Indian journal of veterinary science and animal husbandry - Volumes 22-23, 1952-1953
Year: 1952
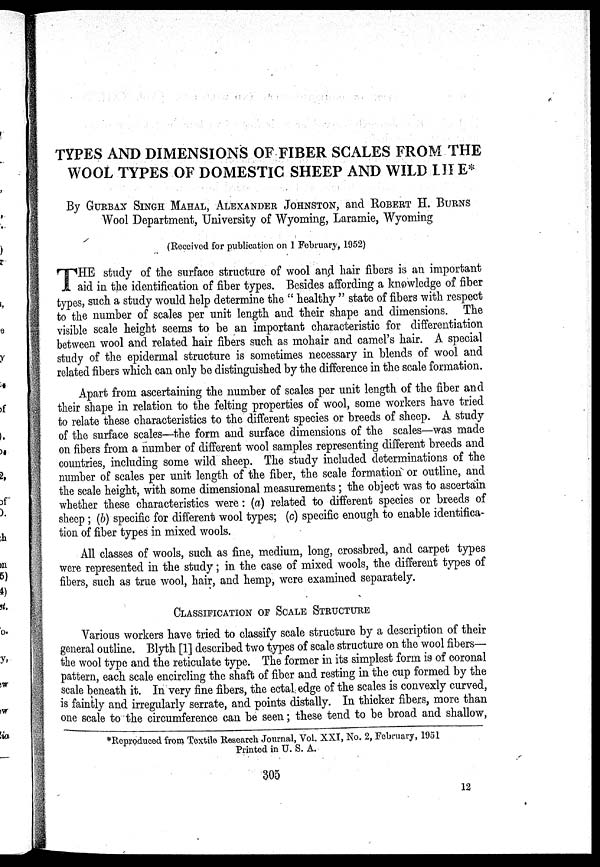
TYPES AND DIMENSIONS OF FIBER SCALES FROM THE
WOOL TYPES OF DOMESTIC SHEEP AND WILD LIFE*
By GURBAX SINGH MAHAL, ALEXANDER JOHNSTON, and ROBERT H. BURNS
Wool Department, University of Wyoming, Laramie, Wyoming
(Received for publication on 1 February, 1952)
T HE study of the surface structure of wool and hair fibers is an important
aid in the identification of fiber types. Besides affording a knowledge of fiber
types, such a study would help determine the " healthy " state of fibers with respect
to the number of scales per unit length and their shape and dimensions. The
visible scale height seems to be an important characteristic for differentiation
between wool and related hair fibers such as mohair and camel's hair. A special
study of the epidermal structure is sometimes necessary in blends of wool and
related fibers which can only be distinguished by the difference in the scale formation.
Apart from ascertaining the number of scales per unit length of the fiber and
their shape in relation to the felting properties of wool, some workers have tried
to relate these characteristics to the different species or breeds of sheep. A study
of the surface scales—the form and surface dimensions of the scales—was made
on fibers from a number of different wool samples representing different breeds and
countries, including some wild sheep. The study included determinations of the
number of scales per unit length of the fiber, the scale formation or outline, and
the scale height, with some dimensional measurements ; the object was to ascertain
whether these characteristics were : (a) related to different species or breeds of
sheep ; (b) specific for different wool types; (c) specific enough to enable identifica-
tion of fiber types in mixed wools.
All classes of wools, such as fine, medium, long, crossbred, and carpet types
were represented in the study ; in the case of mixed wools, the different types of
fibers, such as true wool, hair, and hemp, were examined separately.
CLASSIFICATION OF SCALE STRUCTURE
Various workers have tried to classify scale structure by a description of their
general outline. Blyth [1] described two types of scale structure on the wool fibers—
the wool type and the reticulate type. The former in its simplest form is of coronal
pattern, each scale encircling the shaft of fiber and resting in the cup formed by the
scale beneath it. In very fine fibers, the ectal edge of the scales is convexly curved,
is faintly and irregularly serrate, and points distally. In thicker fibers, more than
one scale to the circumference can be seen ; these tend to be broad and shallow,
*Reproduced from Textile Research Journal, Vol. XXI, No. 2, February, 1951
Printed in U. S. A.
305
12